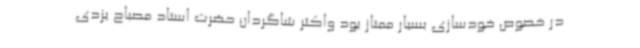
در خصوص خودسازی بسیار ممتاز بود واکثر شاگردان حضرت استاد مصباح یزدی